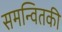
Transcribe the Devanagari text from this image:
समन्वितकी